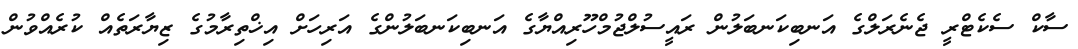
ސާކް ސެކެޓްރީ ޖެނެރަލްގެ އަނބިކަނބަލުން ރައީސުލްޖުމްހޫރިއްޔާގެ އަނބިކަނބަލުންގެ އަރިހަށް އިޚްތިރާމުގެ ޒިޔާރަތެއް ކުރެއްވުން